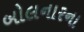
બોલનારના